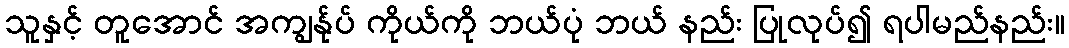
သူနှင့် တူအောင် အကျွန်ုပ် ကိုယ်ကို ဘယ်ပုံ ဘယ် နည်း ပြုလုပ်၍ ရပါမည်နည်း။